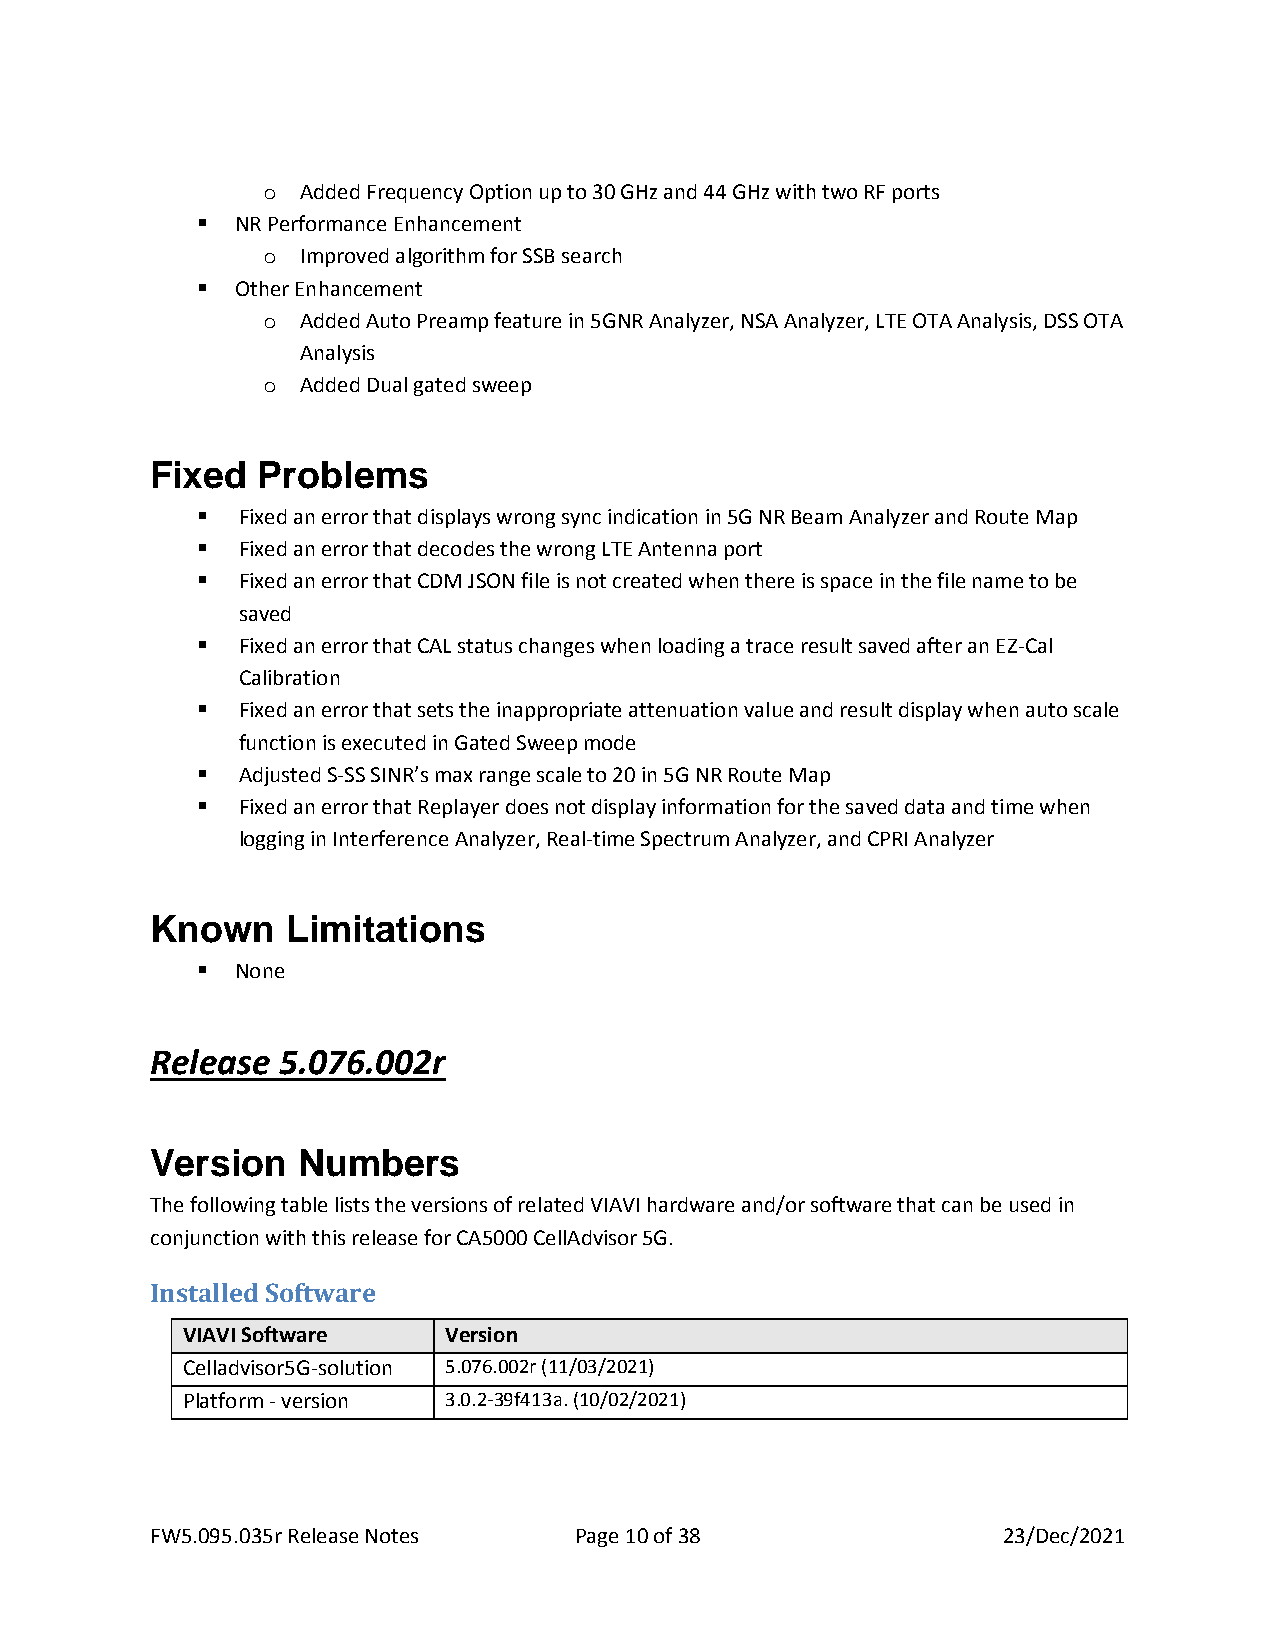
o  Added Frequency Option up to 30 GHz and 44 GHz with two RF ports
 ▪  NR Performance Enhancement
 o  Improved algorithm for SSB search
 ▪  Other Enhancement
 o  Added Auto Preamp feature in 5GNR Analyzer, NSA Analyzer, LTE OTA Analysis, DSS OTA
 Analysis
 o  Added Dual gated sweep
 Fixed  Problems
 ▪  Fixed an error that displays wrong sync indication in 5G NR Beam Analyzer and Route Map
 ▪  Fixed an error that decodes the wrong LTE Antenna port
 ▪  Fixed an error that CDM JSON file is not created when there is space in the file name to be
 saved
 ▪  Fixed an error that CAL status changes when loading a trace result saved after an EZ-Cal
 Calibration
 ▪  Fixed an error that sets the inappropriate attenuation value and result display when auto scale
 function is executed in Gated Sweep mode
 ▪  Adjusted S-SS SINR’s max range scale to 20 in 5G NR Route Map
 ▪  Fixed an error that Replayer does not display information for the saved data and time when
 logging in Interference Analyzer, Real-time Spectrum Analyzer, and CPRI Analyzer
 Known    Limitations
 ▪  None
 Release 5.076.002r
 Version   Numbers
 The following table lists the versions of related VIAVI hardware and/or software that can be used in
 conjunction with this release for CA5000 CellAdvisor 5G.
 Installed Software
 VIAVI Software   Version
 Celladvisor5G-solution 5.076.002r (11/03/2021)
 Platform - version 3.0.2-39f413a. (10/02/2021)
 FW5.095.035r Release Notes  Page 10 of 38               23/Dec/2021